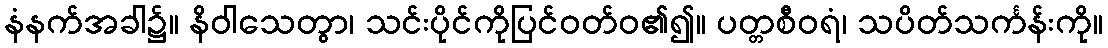
နံနက်အခါ၌။ နိဝါသေတွာ၊ သင်းပိုင်ကိုပြင်ဝတ်ဝ၏၍။ ပတ္တစီဝရံ၊ သပိတ်သင်္ကန်းကို။